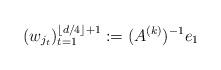
LaTeX: \begin{align*}(w_{j_t})_{t=1}^{\lfloor d/4 \rfloor +1} := (A^{(k)})^{-1}e_1\end{align*}